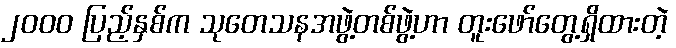
၂၀၀၀ ပြည့်နှစ်က သုတေသနအဖွဲ့တစ်ဖွဲ့ဟာ တူးဖော်တွေ့ရှိထားတဲ့